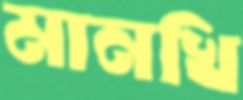
মানখি